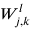
{ W } _ { j , k } ^ { l }